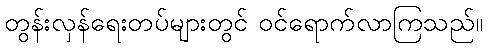
တွန်းလှန်ရေးတပ်များတွင် ဝင်ရောက်လာကြသည်။